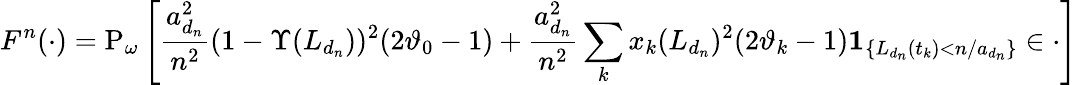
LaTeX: F^{n}(\cdot)=\mathrm{P}_{\omega}\left[\frac{a_{d_{n}}^{2}}{n^{2}}(1-\Upsilon(L_{d_{n}}))^{2}(2\vartheta_{0}-1)+\frac{a_{d_{n}}^{2}}{n^{2}}\sum_{k}x_{k}(L_{d_{n}})^{2}(2\vartheta_{k}-1){\mathbf 1}_{\{ L_{d_{n}}(t_{k})<n/a_{d_{n}}\} }\in\cdot\right]